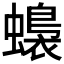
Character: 𧒬